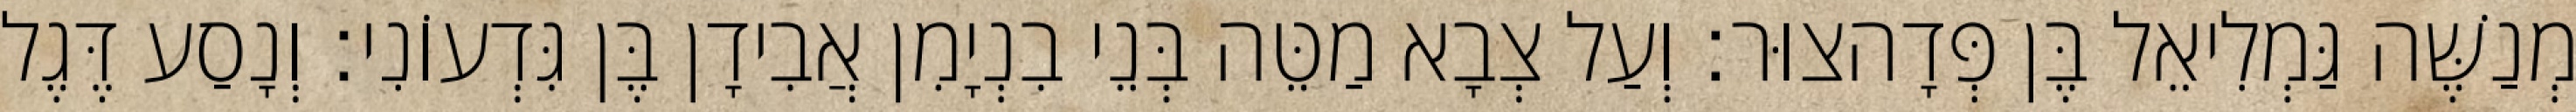
מְנַשֶּׁה גַּמְלִיאֵל בֶּן פְּדָהצוּר׃ וְעַל צְבָא מַטֵּה בְּנֵי בִנְיָמִן אֲבִידָן בֶּן גִּדְעוֹנִי׃ וְנָסַע דֶּגֶל